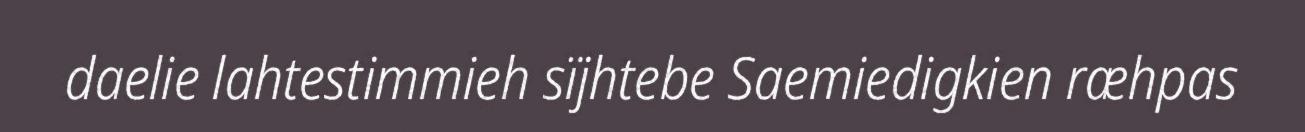
daelie lahtestimmieh sïjhtebe Saemiedigkien ræhpas